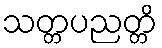
သတ္တပညတ္တိ